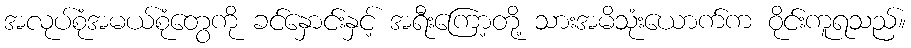
အလုပ်စုံအမယ်စုံတွေကို ခင်နှောင်းနှင့် အရီးကြော့တို့ သားအမိသုံးယောက်က ဝိုင်းကူရသည်။